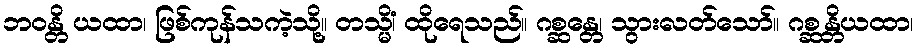
ဘဝန္တိ ယထာ၊ ဖြစ်ကုန်သကဲ့သို့။ တသ္မိံ၊ ထိုရေသည်။ ဂစ္ဆန္တေ၊ သွားလတ်သော်။ ဂစ္ဆန္တိယထာ၊